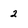
Character: 2